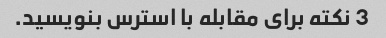
3 نکته برای مقابله با استرس بنویسید.